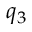
q _ { 3 }